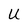
Character: U